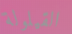
القيلولة